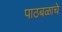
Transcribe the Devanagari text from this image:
पाठबळाचे